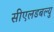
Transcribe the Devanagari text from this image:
सीएलडबल्यु